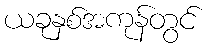
ယခုနှစ်အကုန်တွင်